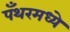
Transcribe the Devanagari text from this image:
पँथरमध्ये